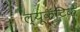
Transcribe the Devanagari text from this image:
ल्यूकॅटिक